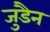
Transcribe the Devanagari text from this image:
जुडैन